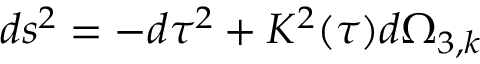
d s ^ { 2 } = - d \tau ^ { 2 } + K ^ { 2 } ( \tau ) d \Omega _ { 3 , k }